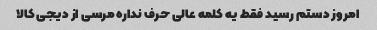
امروز دستم رسید فقط یه کلمه عالی حرف نداره مرسی از دیجی کالا